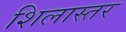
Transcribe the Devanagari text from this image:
शिलास्तर